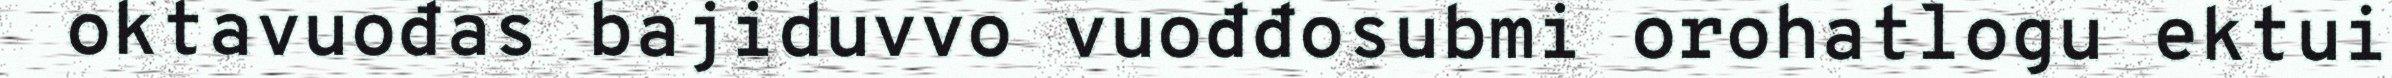
oktavuođas bajiduvvo vuođđosubmi orohatlogu ektui